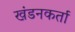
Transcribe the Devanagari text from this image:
खंडनकर्ता